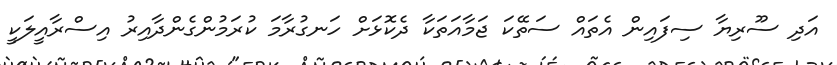
އަދި ސޫރިޔާ ސިފައިން އެތައް ސަތޭކަ ޖަމާއަތަކާ ދެކޮޅަށް ހަނގުރާމަ ކުރަމުންގެންދާއިރު އިސްރާއީލަކީ